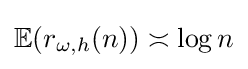
\mathbb {E} (r_{\omega ,h}(n))\asymp \log n